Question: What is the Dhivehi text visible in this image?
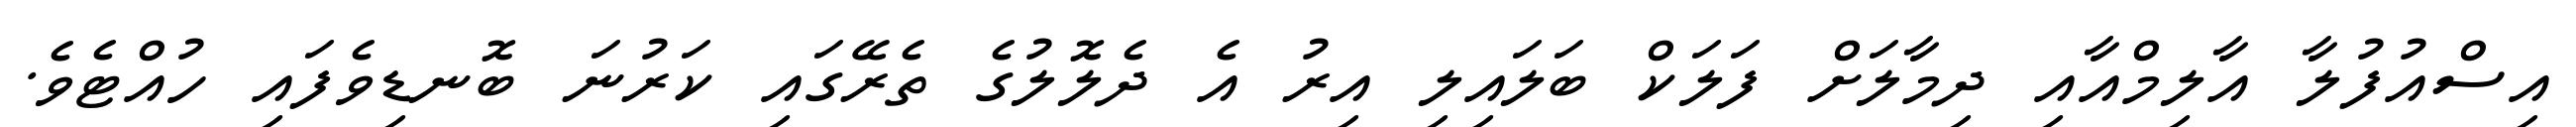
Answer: އިސްއުފުލާ އާލިމްއާއި ދިމާލަށް ފަލަކް ބަލައިލި އިރު އެ ދެލޮލުގެ ތެރޭގައި ކަރުނަ ބޮނޑިވެފައި ހުއްޓެވެ.